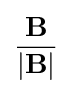
{\frac {\mathbf {B} }{\left\vert \mathbf {B} \right\vert }}